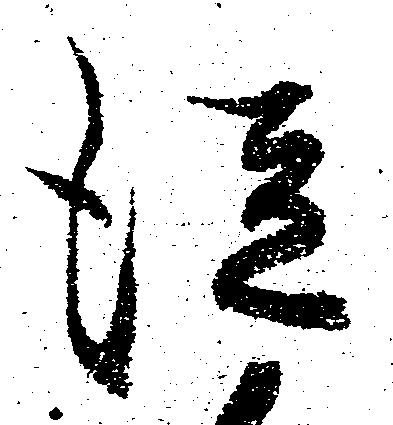
従